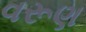
વરૂણ